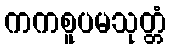
ကကစူပမသုတ္တံ